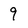
Character: 9